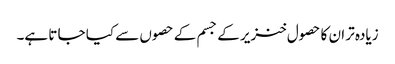
زیادہ تر ان کا حصول خنزیر کے جسم کے حصوں سے کیا جا تا ہے۔